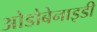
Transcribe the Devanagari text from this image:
ओडोबेनाइडी